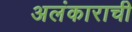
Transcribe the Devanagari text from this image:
अलंकाराची